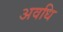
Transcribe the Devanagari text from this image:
अवधि